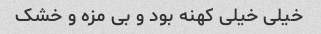
خیلی خیلی کهنه بود و بی مزه و خشک